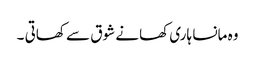
وہ مانسا ہاری کھانے شوق سے کھاتی ۔